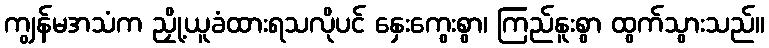
ကျွန်မအသံက ညှို့ယူခံထားရသလိုပင် နှေးကွေးစွာ၊ ကြည်နူးစွာ ထွက်သွားသည်။